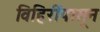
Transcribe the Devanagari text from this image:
विहिरींपासून